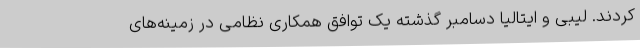
کردند. لیبی و ایتالیا دسامبر گذشته یک توافق همکاری نظامی در زمینه‌های